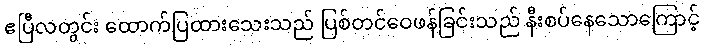
ဧပြီလတွင်း ထောက်ပြထားသေးသည် ပြစ်တင်ဝေဖန်ခြင်းသည် နီးစပ်နေသောကြောင့်